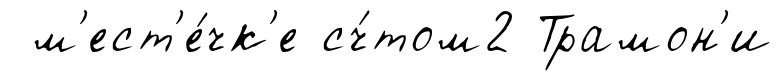
м'ест'е́чк'е сч́том2 Трамон'и